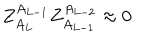
Z _ { A _ { L } } ^ { A _ { L - 1 } } Z _ { A _ { L - 1 } } ^ { A _ { L - 2 } } \approx 0 .